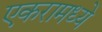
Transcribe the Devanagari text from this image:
एकरामध्ये